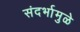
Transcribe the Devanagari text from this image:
संदर्भामुळे